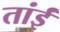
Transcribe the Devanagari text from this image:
तांईं